Annual report of the Bengal Veterinary College and of the Civil Veterinary Department, Bengal, for the year 1899-1900 - 1899-1900
Year: 1899
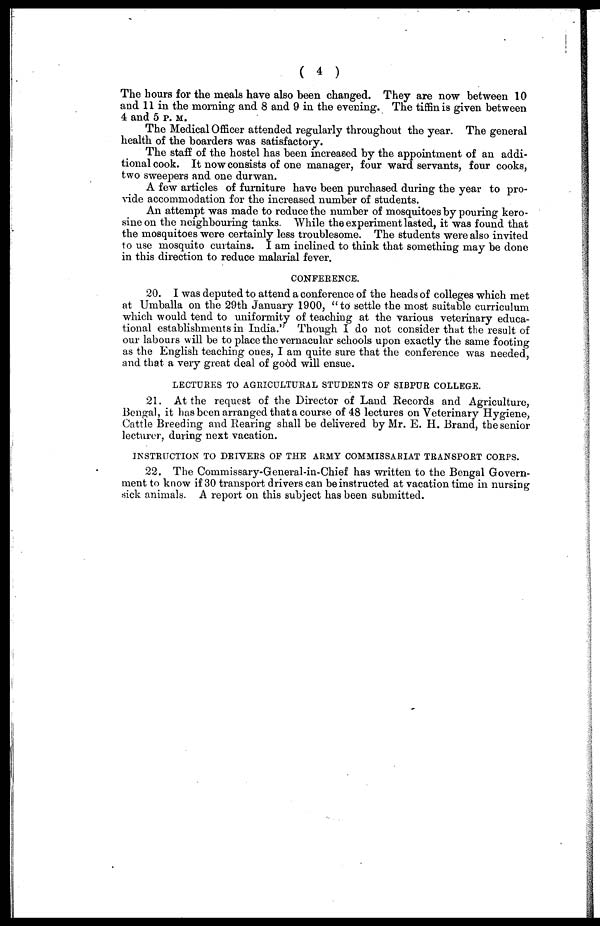
( 4 )
The hours for the meals have also been changed. They are now between 10
and 11 in the morning and 8 and 9 in the evening. The tiffin is given between
4 and 5 P. M.
The Medical Officer attended regularly throughout the year. The general
health of the boarders was satisfactory.
The staff of the hostel has been increased by the appointment of an addi-
tional cook. It now consists of one manager, four ward servants, four cooks,
two sweepers and one durwan.
A few articles of furniture have been purchased during the year to pro-
vide accommodation for the increased number of students.
An attempt was made to reduce the number of mosquitoes by pouring kero-
sine on the neighbouring tanks. While the experiment lasted, it was found that
the mosquitoes were certainly less troublesome. The students were also invited
to use mosquito curtains. I am inclined to think that something may be done
in this direction to reduce malarial fever.
CONFERENCE.
20. I was deputed to attend a conference of the heads of colleges which met
at Umballa on the 29th January 1900, " to settle the most suitable curriculum
which would tend to uniformity of teaching at the various veterinary educa-
tional establishments in India." Though I do not consider that the result of
our labours will be to place the vernacular schools upon exactly the same footing
as the English teaching ones, I am quite sure that the conference was needed,
and that a very great deal of good will ensue.
LECTURES TO AGRICULTURAL STUDENTS OF SIBPUR COLLEGE.
21. At the request of the Director of Land Records and Agriculture,
Bengal, it has been arranged that a course of 48 lectures on Veterinary Hygiene,
Cattle Breeding and Rearing shall be delivered by Mr. E. H. Brand, the senior
lecturer, during next vacation.
INSTRUCTION TO DRIVERS OF THE ARMY COMMISSARIAT TRANSPORT CORPS.
22. The Commissary-General-in-Chief has written to the Bengal Govern-
ment to know if 30 transport drivers can be instructed at vacation time in nursing
sick animals. A report on this subject has been submitted.